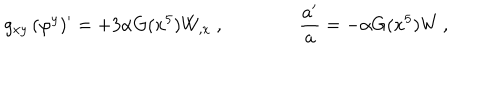
LaTeX: g _ { x y } \, ( \varphi ^ { y } ) ^ { \prime } = + 3 \alpha G ( x ^ { 5 } ) W _ { , x } \ , \qquad \qquad { \frac { a ^ { \prime } } { a } } = - \alpha G ( x ^ { 5 } ) W \, ,